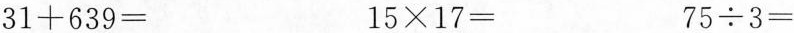
$$3 1 + 6 3 9 =$$ $$1 5 \times 7 =$$ $$7 5 /div 3 =$$